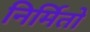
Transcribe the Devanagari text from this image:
निर्मितो